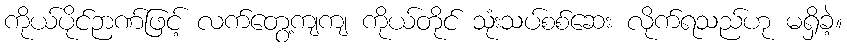
ကိုယ်ပိုင်ဉာဏ်ဖြင့် လက်တွေ့ကျကျ ကိုယ်တိုင် သုံးသပ်စစ်ဆေး လိုက်ရသည်ဟု မရှိခဲ့။